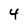
Character: 4